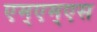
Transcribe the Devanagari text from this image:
एम्एम्एस